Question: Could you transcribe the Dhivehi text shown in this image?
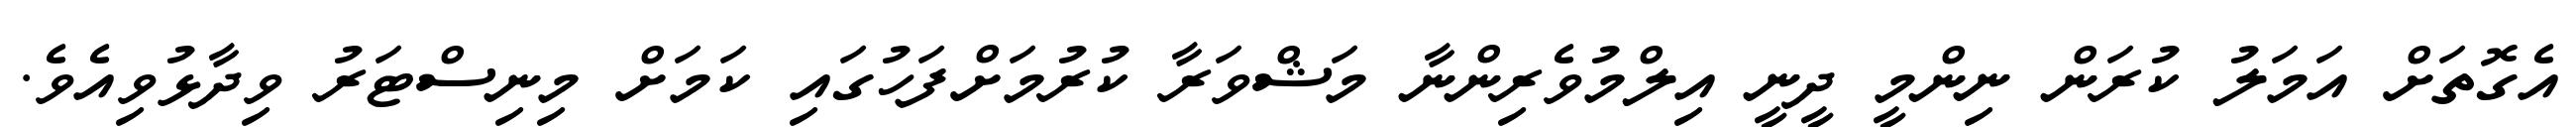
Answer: އެގޮތަށް އަމަލު ކުރަން ނިންމީ ދީނީ އިލްމުވެރިންނާ މަޝްވަރާ ކުރުމަށްފަހުގައި ކަމަށް މިނިސްޓަރު ވިދާޅުވިއެވެ.